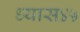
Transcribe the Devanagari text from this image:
ध्यास४५